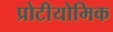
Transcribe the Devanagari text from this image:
प्रोटीयोमिक